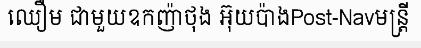
ឈឿម ជាមួយឧកញ៉ាថុង អ៊ុយប៉ាងPost-Navមន្ត្រី